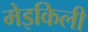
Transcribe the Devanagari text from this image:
मेइकिली